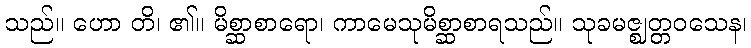
သည်။ ဟော တိ၊ ၏။ မိစ္ဆာစာရော၊ ကာမေသုမိစ္ဆာစာရသည်။ သုခမဇ္ဈတ္တဝသေန၊